Burma Government Medical School reports 1923-41
Year: 1923
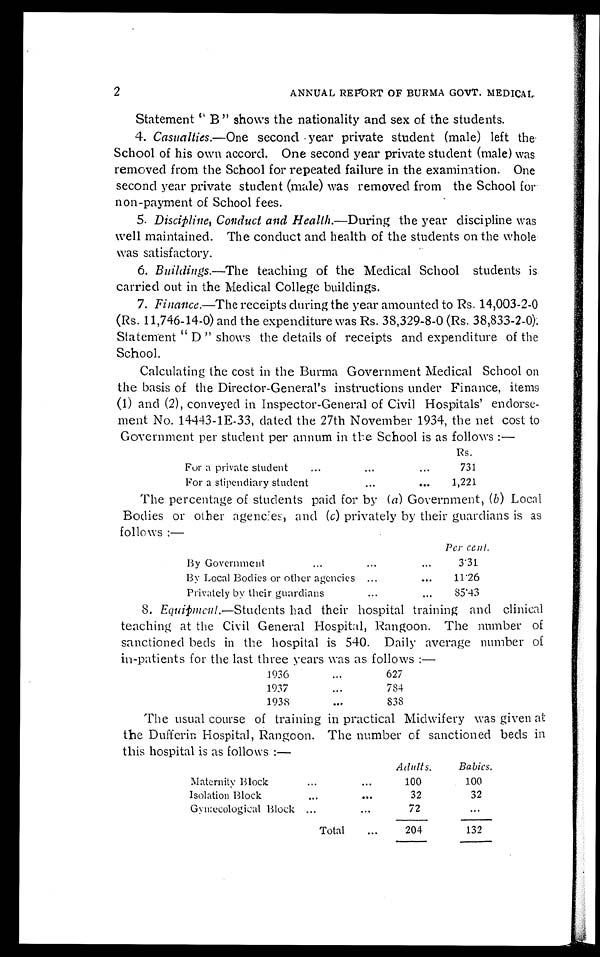
2
ANNUAL REPORT OF BURMA GOVT. MEDICAL.
Statement "B" shows the nationality and sex of the students.
4. Casualties.—One second year private student (male) left the
School of his own accord. One second year private student (male) was
removed from the School for repeated failure in the examination. One
second year private student (male) was removed from the School for
non-payment of School fees.
5. Discipline, Conduct andH e a l t h
. — D u r i n g t h e y e a r d i s c i p l i n e w a s
well maintained. The conduct and health of the students on the whole
was satisfactory.
6. Buildings.—The teaching of the Medical School students is
carried out in the Medical College buildings.
7. Finance.—The receipts during the year amounted to Rs. 14,003-2-0
(Rs. 11,746-14-0) and the expenditure was Rs. 38,329-80 (Rs. 38,833-2-0)
Statement "D" shows the details of receipts and expenditure of the
School.
Calculating the cost in the Burma Government Medical School on
the basis of the Director-General's instructions under Finance, items
(1) and (2), conveyed in Inspector-General of Civil Hospitals' endorse
-ment No. 14443-1E-33, dated the 27th November 1934, the net cost to
Government per student per annum in the School is as follows:—
R s .
For a private student . . .
7 3 1
For a stipendiary student . . .
1,221
The percentage of students paid for by ( a ) Government, ( b ) Local
Bodies or other agencies, and ( c ) privately by their guardians is as
follows:—
Per cent.
By Government . . .
3.31
By Local Bodies or other agencies . . .
11.26
Privately by their guardians . . .
85.43
1. Equipment.—Students had their hospital training and clinical
teaching at the Civil General Hospital, Rangoon. The number of
sanctioned beds in the hospital is 540. Daily average number of
in-patients for the last three years was as follows:—
1936 . . .
627
1937 . . .
784
1938 . . .
838
The usual course of training in practical Midwifery was given at
the Dufferin Hospital, Rangoon. The number of sanctioned beds in
this hospital is as follows:—
Adults.
Babies.
Maternity Block . . .
100
100
Isolation Block . . .
32
32
Gynæcological Block . . .
72
. . .
Total . . .
204
132